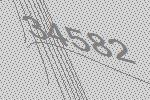
34582